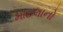
માટલાનો